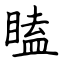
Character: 瞌